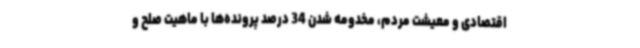
اقتصادی و معیشت مردم،‌ مخدومه شدن 34 درصد پرونده‌ها با ماهیت صلح و